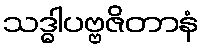
သဒ္ဓါပဗ္ဗဇိတာနံ